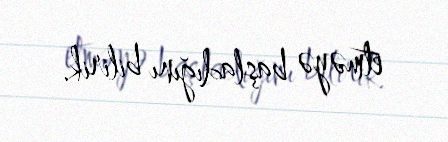
etməyə başladığını bilirik.